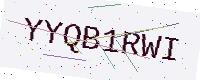
Text: YYQB1RWI